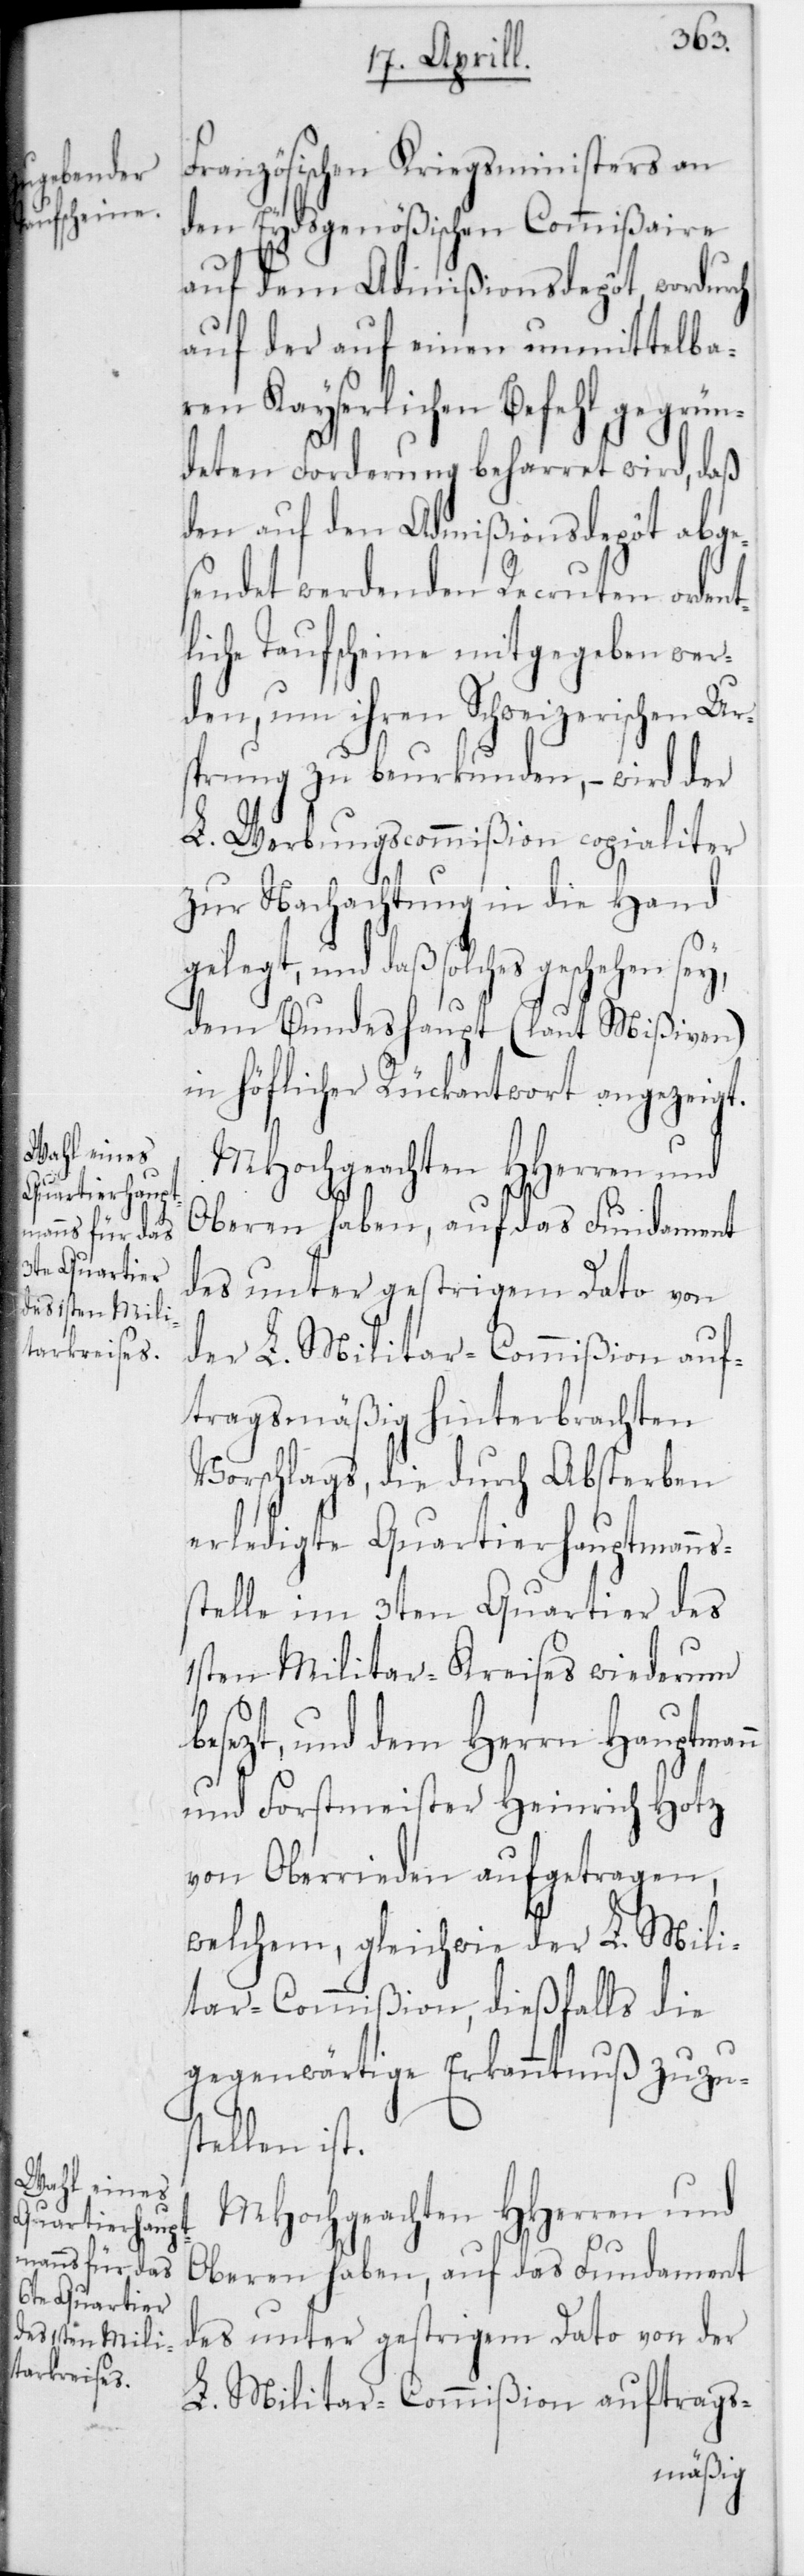
Französischen Kriegsministers an
den Eydsgenößischen Commißaire
auf dem, Admißionsdepôt, wordurch
auf der auf einen unmittelba¬
ren Kayserlichen Befehl gegrün¬
deten Forderung beharret wird, daß
den auf den Admißiondepôt abge¬
sendet werdenden Recruten orden¬
tliche Taufscheine mitgegeben wer¬
den, um ihren Schweizerischen Ur¬
sprung zu beurkunden, – wird der
L. Werbungscommißion copialiter
zur Nachachtung in die Hand
gelegt, und daß solches geschehen
dem Bundeshaupt (laut Mißiven)
in höflicher Rückantwort angezeigt.
MHochgeachten HHerren und
Oberen haben, auf das Fundament
des unter gestrigem Dato von
der L. Militar-Commißion auf¬
tragsmäßig hinterbrachten
Vorschlags, die durch Absterben
erledigte Quartierhauptmanns¬
stelle im 3ten Quartier des
1sten Militar-Kreises wiederum b¬
esezt, und dem Herrn Hauptmann
und Forstmeister Heinrich Hotz
von Oberrieden aufgetragen,
welchem, gleichwie der L. Mili¬
tar-Commißion, dießfalls die
gegenwärtige Erkanntnuß zuzus¬
tellen ist.
des unter gestrigem Dato von der
L. Militar-Commißion auftrags-